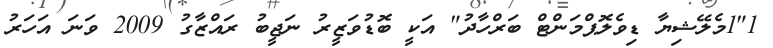
1"1މެލޭޝިޔާ ޑިވެލޮޕްމަންޓް ބަރްހާދު" އަކީ ބޮޑުވަޒީރު ނަޖީބު ރައްޒާގު 2009 ވަނަ އަހަރު